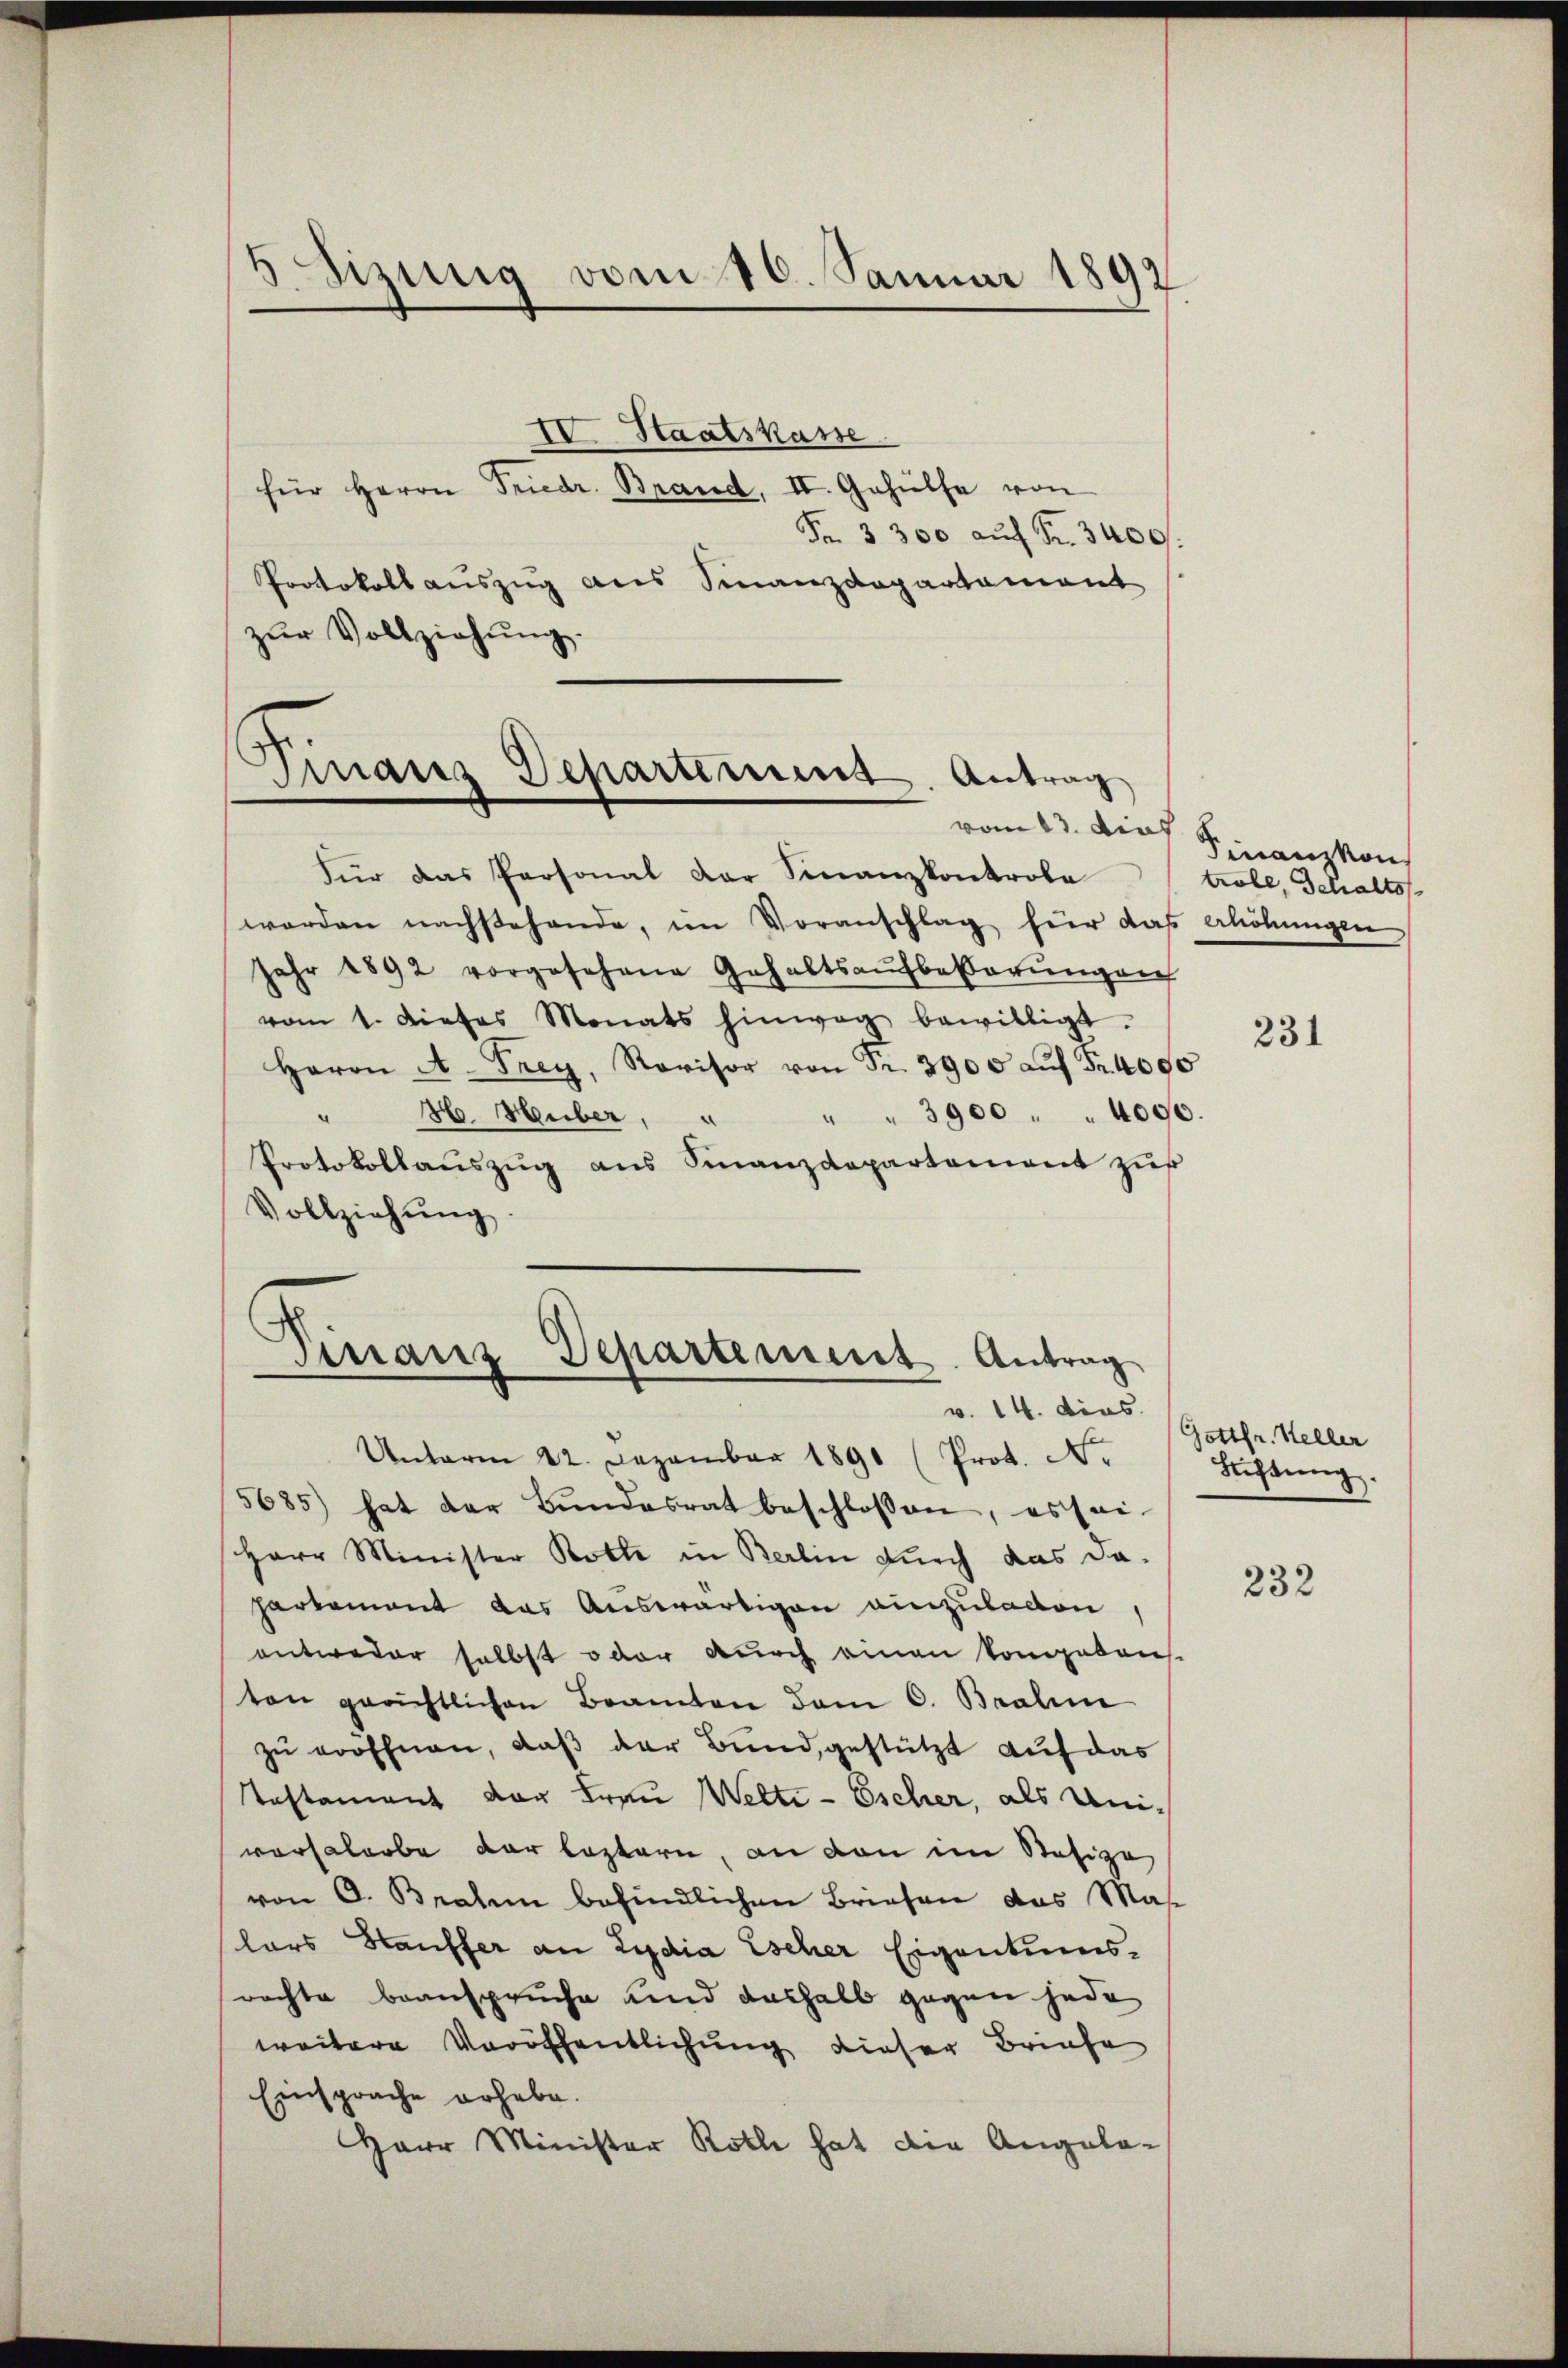
5 Sizung vom 10. Januar 1892

10. Staatskasse
für Herrn Friedr. Brand, II. Gehülfe von
Fr. 3300 auf Fr. 3400.
Protokoll auszug aus Finanzdepartement
zŭr Vollziehŭng.

Finanz Departement. Antrag

Für das Personal der Finanzkontrola
worden nachstehende, im Voranschlag für das erhöhŭngen
Jahr 1892 vorgesehene Gehaltsaŭfbebarŭngen
vom 1. Dieses Monats hinweg bewilligt.
Herrn A. Frey, Revisor von Fr. 3905 aŭf Fr. 4000
" 86. Huber,
" " 3900 " " 4000.
Protokollaŭszŭg ans Finanzdepartement zur
Vollziehŭng.
Finanz Departement. Antrag

v. 14. dies

Unterm 22. Dezember 1890 (Prot. N.
5685) hat der Bŭndesrat beschlossen, es sei.
Herr Minister Rotte in Berlin durch das da-
hartement das Auswärtigen einzuladen,
entweder selbst oder durch einen kompeten
ton gerichtlichen Beamten dem C. Balin
zu vorfhnen, daß der Bund, gestützt auf das
Testament der Frau Welti-Escher, als Uni-
versalerbe der leztern, an den im Resige
von O. Brahen befindlichen Briefen das Mas
lars Hauffer an Lydia Escher Eigentumsrachte Beanspruche und deshalb gegen jede
weitere Veröffentlichung dieser Briefe
Einsprache erhebe.
Herr Minister Roth hat die Angela¬

vom 13. Dies Finanzkon
trolle, Schalts

231

(Gottfr. Heller
Richtung.

232